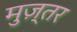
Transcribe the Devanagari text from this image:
मुज़्तर